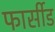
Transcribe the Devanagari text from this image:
फार्सीड